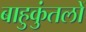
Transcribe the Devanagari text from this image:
बाहुकुंतलों